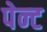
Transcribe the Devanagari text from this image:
पेन्‍ट